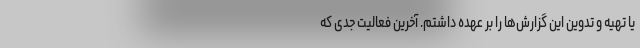
یا تهیه و تدوین این گزارش‌ها را بر عهده داشتم. آخرین فعالیت جدی که